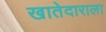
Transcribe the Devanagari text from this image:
खातेदाराला